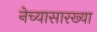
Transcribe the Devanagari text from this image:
नेच्यासारख्या